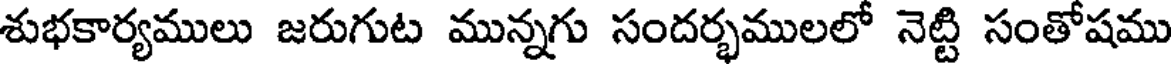
శుభకార్యములు జరుగుట మున్నగు సందర్భములలో నెట్టి సంతోషము